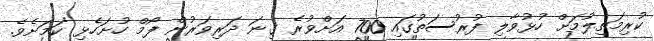
ކުރިމަތިލުމަށް ހުޅުވާލި ފުރުސަތުގައި 700 އަށްވުރެ ގިނަ ދަރިވަރުން ފޯމް ހުށަހެޅި ކަމަށެވެ.